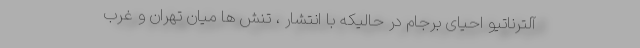
آلترناتیو احیای برجام در حالیکه با انتشار ، تنش ها میان تهران و غرب